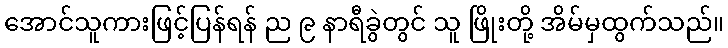
အောင်သူကားဖြင့်ပြန်ရန် ည ၉ နာရီခွဲတွင် သူ ဖြိုးတို့ အိမ်မှထွက်သည်။